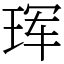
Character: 珲